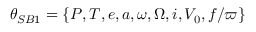
\theta _ { S B 1 } = \{ P , T , e , a , \omega , \Omega , i , V _ { 0 } , f / \varpi \}